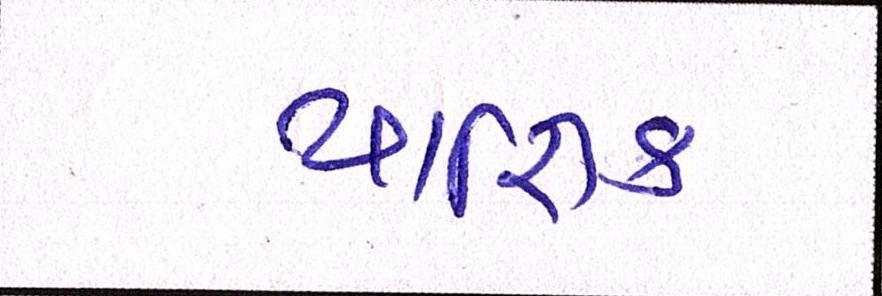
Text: યાજ્ઞિક